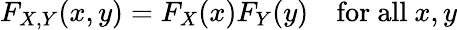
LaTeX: F_{X,Y}(x,y)=F_{X}(x)F_{Y}(y)\quad{\mathrm{for~all~}}x,y